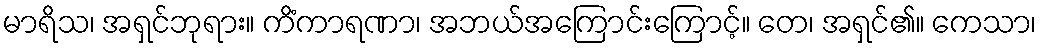
မာရိသ၊ အရှင်ဘုရား။ ကိံကာရဏာ၊ အဘယ်အကြောင်းကြောင့်။ တေ၊ အရှင်၏။ ကေသာ၊